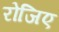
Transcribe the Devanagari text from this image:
रोजिए